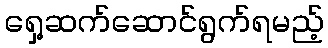
ရှေ့ဆက်ဆောင်ရွက်ရမည့်